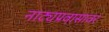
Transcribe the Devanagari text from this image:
नाट्यप्रवासावर